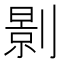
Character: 㔀